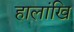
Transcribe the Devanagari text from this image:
हालांखि